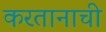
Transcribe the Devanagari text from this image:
करतानाची